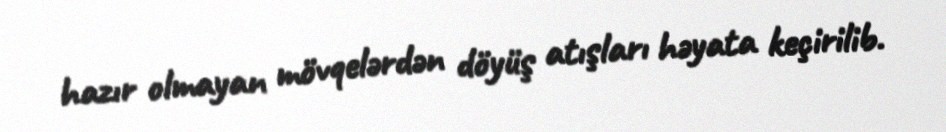
hazır olmayan mövqelərdən döyüş atışları həyata keçirilib.